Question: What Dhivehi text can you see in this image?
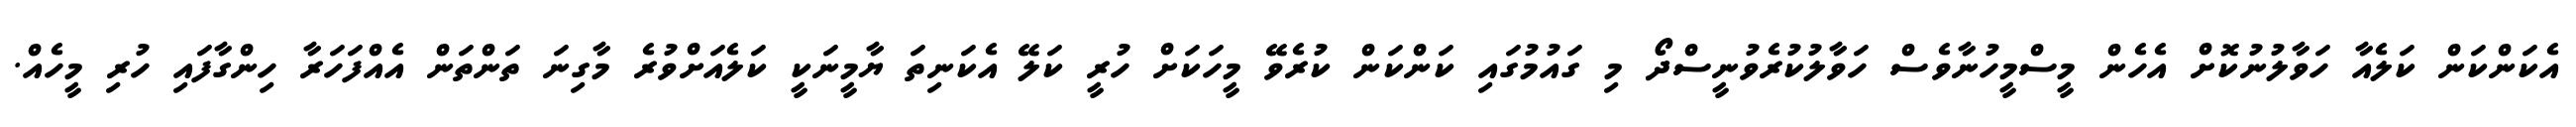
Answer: އެކަންކަން ކަލެއާ ހަވާލުނުކޮށް އެހެން މީސްމީހުނާވެސް ހަވާލުކުރެވުނީސްދޯ މި ގައުމުގައި ކަންކަން ކުރެވޭ މީހަކަށް ހުރީ ކަލޭ އެކަނިތަ ޔާމީނަކީ ކަލެއަށްވުރެ މާގިނަ ތަންތަން އެއްފަހަރާ ހިންގާފައި ހުރި މީހެއް.